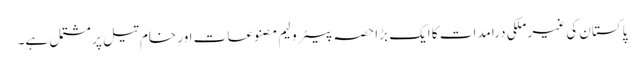
پاکستان کی غیر ملکی درامدات کا ایک بڑا حصہ پیٹرولیم مصنوعات اور خام تیل پر مشتمل ہے۔